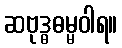
ဆဗုဒ္ဓဓမ္မဝါရ။